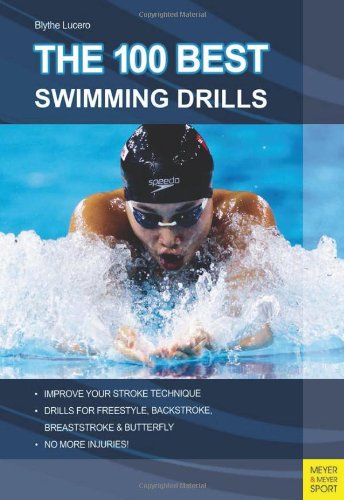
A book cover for The 100 Best Swimming Drills; Blythe Lucero; Health, Fitness & Dieting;